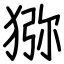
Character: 猕